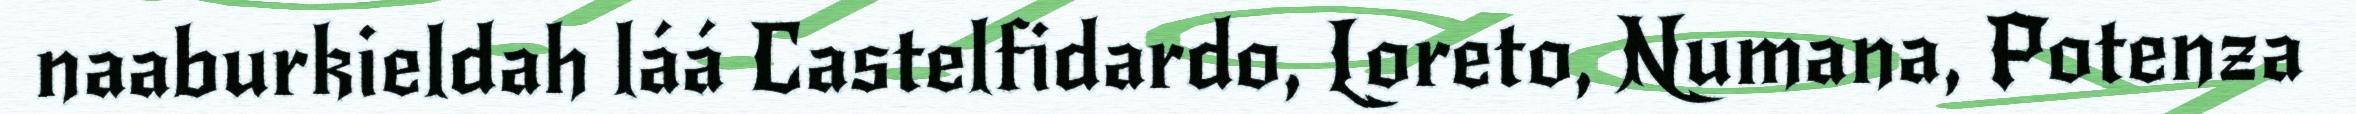
naaburkieldah láá Castelfidardo, Loreto, Numana, Potenza